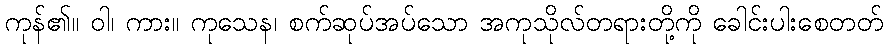
ကုန်၏။ ဝါ၊ ကား။ ကုသေန၊ စက်ဆုပ်အပ်သော အကုသိုလ်တရားတို့ကို ခေါင်းပါးစေတတ်